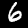
Digit: 6